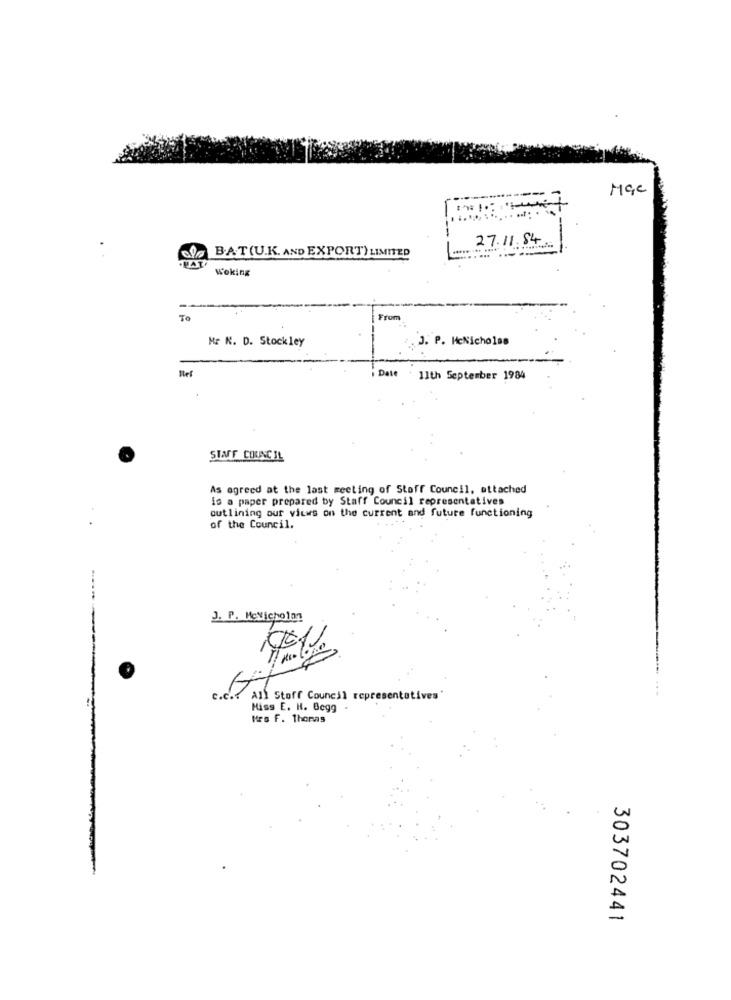
27.11.84
BAT(U.K. AND EXPORT) LIMITED
Woking
To
From
Hr N. D. Stockley
J. P. HeNicholas
Ref
Date . 11th September 1984
STAFF COUNCIL
As agreed at the last meeting of Stoff Council, attached
is a paper prepared by Staff Council representatives
outlining our views on the current and future functioning
of the Council.
...
J. P. Mevicholan
c.c. All Stoff Council representatives
Hiss E. H. Begg .
Mrs F. Thomas
303702441